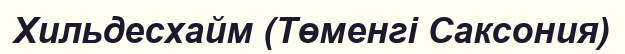
Хильдесхайм (Төменгі Саксония)